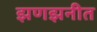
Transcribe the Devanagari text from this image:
झणझनीत